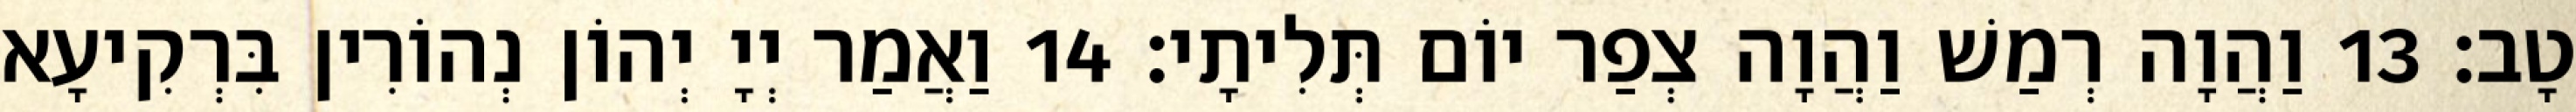
טָב׃ 13 וַהֲוָה רְמַשׁ וַהֲוָה צְפַר יוֹם תְּלִיתָי׃ 14 וַאֲמַר יְיָ יְהוֹן נְהוֹרִין בִּרְקִיעָא